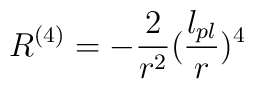
R^{(4)}=-{2 \over r^2}({l_{pl} \over r})^4